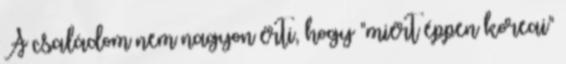
A családom nem nagyon érti, hogy "miért éppen koreai"